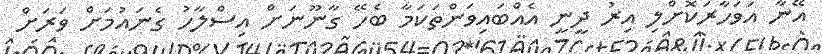
އޭނާ އަވަހާރަކޮށްލި އިރު ދީނީ އެއްބައިވަންތަކަމާ ބެހޭ ގާނޫނަށް އިސްލާހު ގެނައުމަށް ވަރަށް